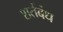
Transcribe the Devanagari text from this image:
शर्तबंध